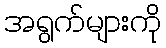
အရွက်များကို